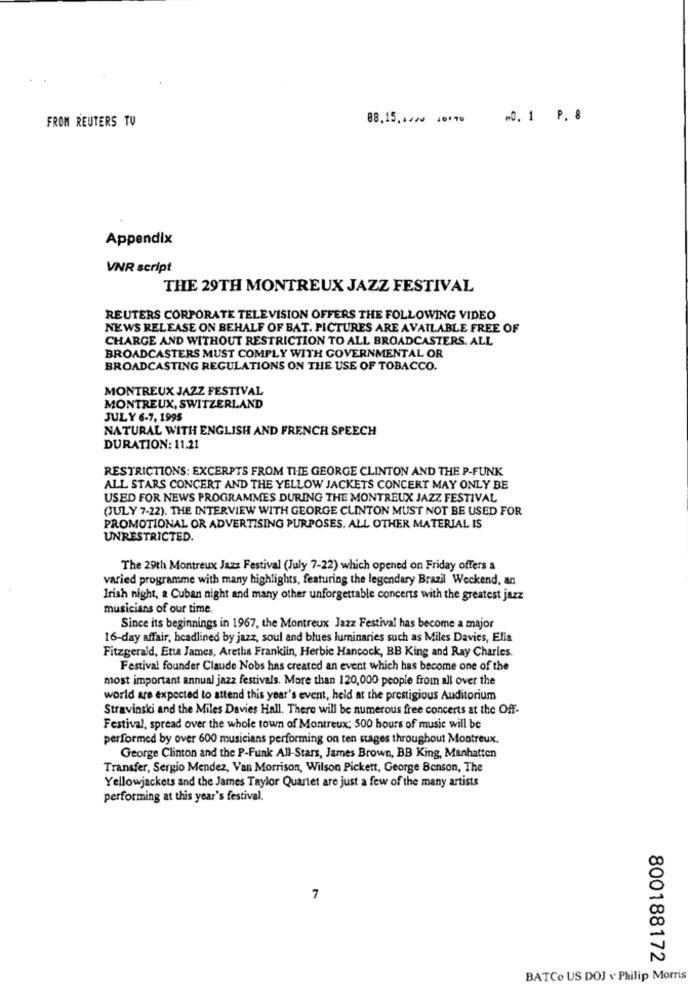
FROM REUTERS TV
-0. 1 P. 8
Appendix
VNR script
THE 29TH MONTREUX JAZZ FESTIVAL
REUTERS CORPORATE TELEVISION OFFERS THE FOLLOWING VIDEO
NEWS RELEASE ON BEHALF OF BAT. PICTURES ARE AVAILABLE FREE OF
CHARGE AND WITHOUT RESTRICTION TO ALL BROADCASTERS. ALL
BROADCASTERS MUST COMPLY WITH GOVERNMENTAL OR
BROADCASTING REGULATIONS ON THE USE OF TOBACCO.
MONTREUX JAZZ FESTIVAL
MONTREUX, SWITZERLAND
JULY 6-7, 1995
NATURAL WITH ENGLISH AND FRENCH SPEECH
DURATION: 11.21
RESTRICTIONS: EXCERPTS FROM THE GEORGE CLINTON AND THE P-FUNK
ALL STARS CONCERT AND THE YELLOW JACKETS CONCERT MAY ONLY BE
USED FOR NEWS PROGRAMMES DURING THE MONTREUX JAZZ FESTIVAL
(JULY 7-22). THE INTERVIEW WITH GEORGE CLINTON MUST NOT BE USED FOR
PROMOTIONAL OR ADVERTISING PURPOSES. ALL OTHER MATERIAL IS
UNRESTRICTED.
The 29th Montreux Jazz Festival (July 7-22) which opened on Friday offers a
varied programme with many highlights, featuring the legendary Brazil Weekend, an
Irish night, a Cuban night and many other unforgettable concerts with the greatest jazz
musicians of our time.
Since its beginnings in 1967, the Montreux Jazz Festival has become a major
16-day affair, headlined by jazz, soul and blues luminaries such as Miles Davies, Ella
Fitzgerald, Etta James, Aretha Franklin, Herbie Hancock, BB King and Ray Charles.
Festival founder Claude Nobs has created an event which has become one of the
most important annual jazz festivals. More than 120,000 people from all over the
world are expected to attend this year's event, held at the prestigious Auditorium
Stravinski and the Miles Davies Hall. There will be numerous free concerts at the Off-
Festival, spread over the whole town of Montreux; 500 hours of music will be
performed by over 600 musicians performing on ten stages throughout Montreux.
George Clinton and the P-Funk All-Stars, James Brown, BB King, Manhatten
Transfer, Sergio Mendez, Van Morrison, Wilson Pickett, George Benson, The
Yellowjackets and the James Taylor Quartet are just a few of the many artists
performing at this year's festival.
7
800188172
BATCo US DOJ v Philip Morris